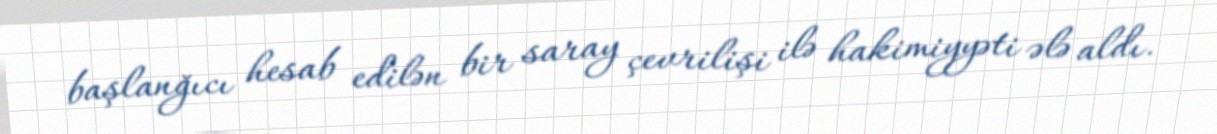
başlanğıcı hesab edilən bir saray çevrilişi ilə hakimiyyəti ələ aldı.